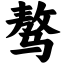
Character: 骜